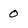
Character: 0